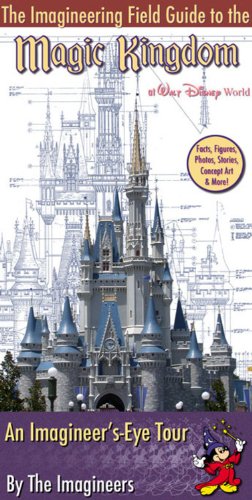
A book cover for The Imagineering Field Guide to Magic Kingdom at Walt Disney World; The Disney Imagineers; Travel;